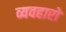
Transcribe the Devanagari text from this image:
व्यवहारो